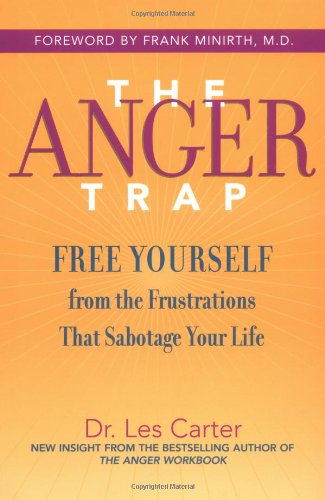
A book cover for The Anger Trap: Free Yourself from the Frustrations that Sabotage Your Life; Les Carter; Self-Help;